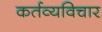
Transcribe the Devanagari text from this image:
कर्तव्यविचार